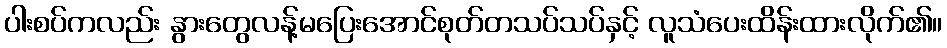
ပါးစပ်ကလည်း နွားတွေလန့်မပြေးအောင်စုတ်တသပ်သပ်နှင့် လူသံပေးထိန်းထားလိုက်၏။